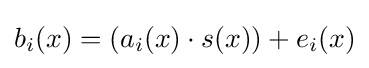
b_{i}(x)=(a_{i}(x)\cdot s(x))+e_{i}(x)